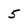
Character: 5